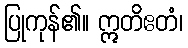
ပြုကုန်၏။ ဣတိဧတံ၊